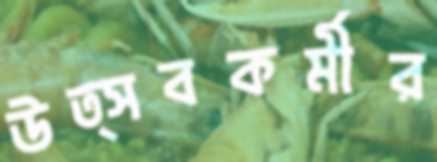
উত্সবকর্মীর